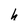
Character: h